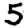
Digit: 5